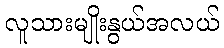
လူသားမျိုးနွယ်အလယ်